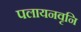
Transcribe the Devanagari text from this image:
पलायनवृनि